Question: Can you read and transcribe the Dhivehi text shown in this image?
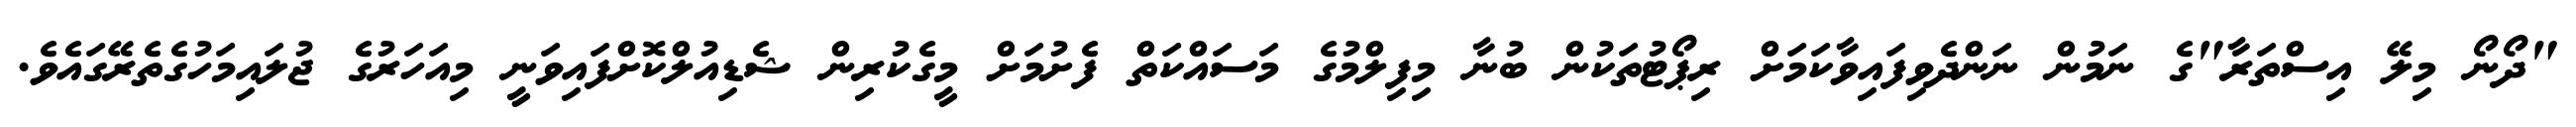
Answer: "ދޯނޯ މިލޭ އިސްތަރާ"ގެ ނަމުން ނަންދެވިފައިވާކަމަށް ރިޕޯޓުތަކުން ބުނާ މިފިލްމުގެ މަސައްކަތް ފެށުމަށް މީގެކުރިން ޝެޑިއުލްކޮށްފައިވަނީ މިއަހަރުގެ ޖުލައިމަހުގެތެރޭގައެވެ.